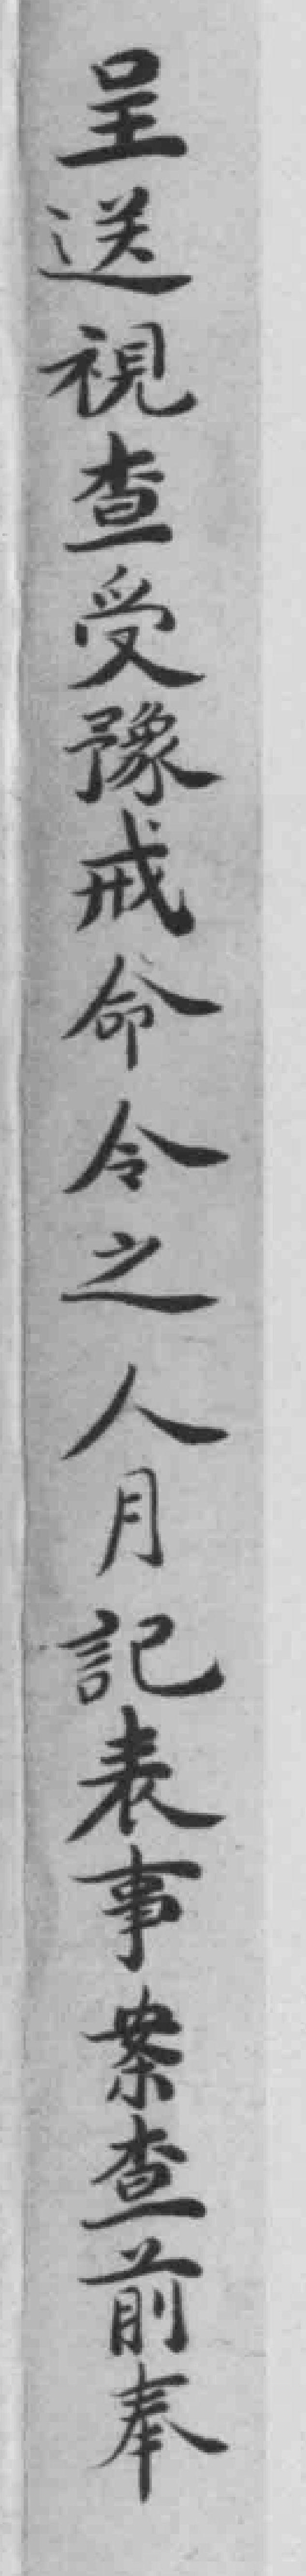
呈送視查受豫戒命令之人月記表事案查前奉